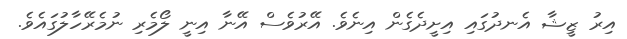
އިރު ޒީޝާ އެނދުގައި އިށީދެގެން އިނެވެ. އޭރުވެސް އޭނާ އިނީ ލޯމެރި ނުމެރޭހާލުގައެވެ.